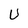
Character: U